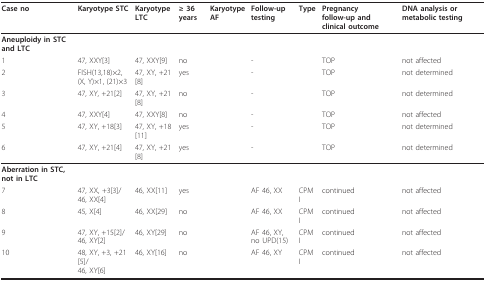
<table><thead><tr><td><b>Case no</b></td><td><b>Karyotype STC</b></td><td><b>Karyotype LTC</b></td><td><b>≥ 36 years</b></td><td><b>KaryotypeAF</b></td><td><b>Follow-up testing</b></td><td><b>Type</b></td><td><b>Pregnancyfollow-up and clinical outcome</b></td><td><b>DNA analysis or metabolic testing</b></td></tr></thead><tbody><tr><td><b>Aneuploidy in STC and LTC</b></td><td></td><td></td><td></td><td></td><td></td><td></td><td></td><td></td></tr><tr><td>1</td><td>47, XXY[3]</td><td>47, XXY[9]</td><td>no</td><td></td><td>-</td><td></td><td>TOP</td><td>not affected</td></tr><tr><td>2</td><td>FISH(13,18)×2,(X, Y)×1, (21)×3</td><td>47, XY, +21[8]</td><td>yes</td><td></td><td>-</td><td></td><td>TOP</td><td>not determined</td></tr><tr><td>3</td><td>47, XY, +21[2]</td><td>47, XY, +21[8]</td><td>no</td><td></td><td>-</td><td></td><td>TOP</td><td>not determined</td></tr><tr><td>4</td><td>47, XXY[4]</td><td>47, XXY[8]</td><td>no</td><td></td><td>-</td><td></td><td>TOP</td><td>not affected</td></tr><tr><td>5</td><td>47, XY, +18[3]</td><td>47, XY, +18[11]</td><td>yes</td><td></td><td>-</td><td></td><td>TOP</td><td>not determined</td></tr><tr><td>6</td><td>47, XY, +21[4]</td><td>47, XY, +21[8]</td><td>yes</td><td></td><td>-</td><td></td><td>TOP</td><td>not determined</td></tr><tr><td><b>Aberration in STC, not in LTC</b></td><td></td><td></td><td></td><td></td><td></td><td></td><td></td><td></td></tr><tr><td>7</td><td>47, XX, +3[3]/46, XX[4]</td><td>46, XX[11]</td><td>yes</td><td></td><td>AF 46, XX</td><td>CPM I</td><td>continued</td><td>not affected</td></tr><tr><td>8</td><td>45, X[4]</td><td>46, XX[29]</td><td>no</td><td></td><td>AF 46, XX</td><td>CPM I</td><td>continued</td><td>not affected</td></tr><tr><td>9</td><td>47, XY, +15[2]/46, XY[2]</td><td>46, XY[29]</td><td>no</td><td></td><td>AF 46, XY,no UPD(15)</td><td>CPM I</td><td>continued</td><td>not affected</td></tr><tr><td>10</td><td>48, XY, +3, +21[5]/46, XY[6]</td><td>46, XY[16]</td><td>no</td><td></td><td>AF 46, XY</td><td>CPM I</td><td>continued</td><td>not affected</td></tr></tbody></table>